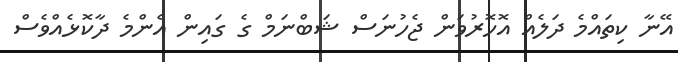
އޭނާ ކިތައްމެ ދަލެއް އޮހޮރުވަން ޖެހުނަސް ޝަބްނަމް ގެ ގައިން އެންމެ ދާކޮޅެއްވެސް